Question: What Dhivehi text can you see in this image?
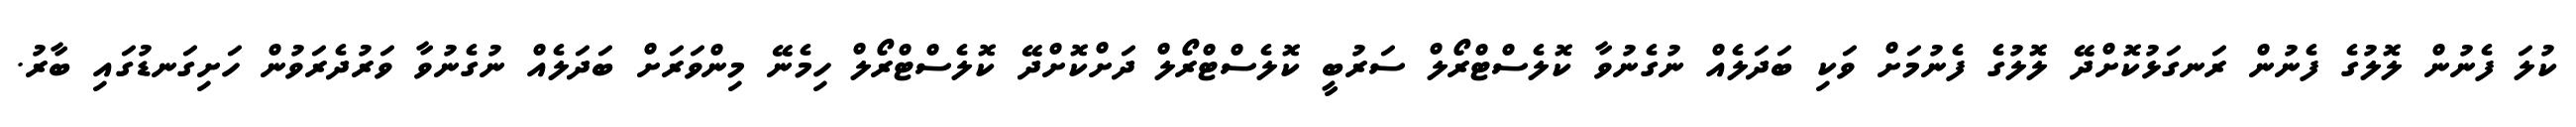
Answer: ކުލަ ފެނުން ލޮލުގެ ފެނުން ރަނގަޅުކޮށްދޭ ލޮލުގެ ފެނުމަށް ވަކި ބަދަލެއް ނުގެނުވާ ކޮލެސްޓްރޯލް ސަރުބީ ކޮލެސްޓްރޯލް ދަށްކޮށްދޭ ކޮލެސްޓްރޯލް ހިމެނޭ މިންވަރަށް ބަދަލެއް ނުގެނުވާ ވަރުދެރަވުން ހަށިގަނޑުގައި ބާރު.